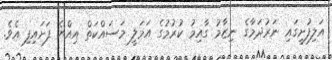
އަލިފުށީގައި ނަރުދަމާގެ ނިޒާމު ގާއިމު ކުރުމުގެ އަމަލީ މަސައްކަތް އިއްޔެ ފަށައިފި އެވެ.